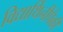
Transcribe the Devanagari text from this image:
विद्यार्थिनींपैकी